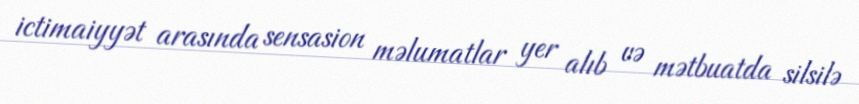
ictimaiyyət arasında sensasion məlumatlar yer alıb və mətbuatda silsilə